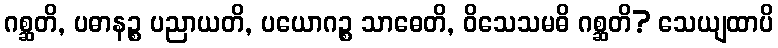
ဂစ္ဆတိ, ပဓာနဉ္စ ပညာယတိ, ပယောဂဉ္စ သာဓေတိ, ဝိသေသမဓိ ဂစ္ဆတိ? သေယျထာပိ